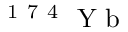
\ensuremath { { ^ \mathrm { ~ 1 ~ 7 ~ 4 ~ } \mathrm { ~ Y ~ b ~ } } }